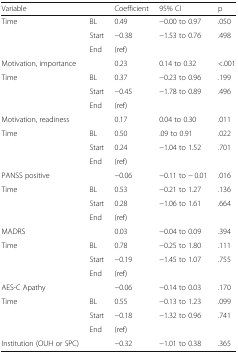
<table><thead><tr><td><b>Variable</b></td><td></td><td><b>Coefficient</b></td><td><b>95% CI</b></td><td><b>p</b></td></tr></thead><tbody><tr><td rowspan="3">Time</td><td>BL</td><td>0.49</td><td>−0.00 to 0.97</td><td>.050</td></tr><tr><td>Start</td><td>−0.38</td><td>−1.53 to 0.76</td><td>.498</td></tr><tr><td>End</td><td>(ref)</td><td></td><td></td></tr><tr><td>Motivation, importance</td><td></td><td>0.23</td><td>0.14 to 0.32</td><td>&lt;.001</td></tr><tr><td rowspan="3">Time</td><td>BL</td><td>0.37</td><td>−0.23 to 0.96</td><td>.199</td></tr><tr><td>Start</td><td>−0.45</td><td>−1.78 to 0.89</td><td>.496</td></tr><tr><td>End</td><td>(ref)</td><td></td><td></td></tr><tr><td>Motivation, readiness</td><td></td><td>0.17</td><td>0.04 to 0.30</td><td>.011</td></tr><tr><td rowspan="3">Time</td><td>BL</td><td>0.50</td><td>.09 to 0.91</td><td>.022</td></tr><tr><td>Start</td><td>0.24</td><td>−1.04 to 1.52</td><td>.701</td></tr><tr><td>End</td><td>(ref)</td><td></td><td></td></tr><tr><td colspan="2">PANSS positive</td><td>−0.06</td><td>−0.11 to − 0.01</td><td>.016</td></tr><tr><td rowspan="3">Time</td><td>BL</td><td>0.53</td><td>−0.21 to 1.27</td><td>.136</td></tr><tr><td>Start</td><td>0.28</td><td>−1.06 to 1.61</td><td>.664</td></tr><tr><td>End</td><td>(ref)</td><td></td><td></td></tr><tr><td>MADRS</td><td></td><td>0.03</td><td>−0.04 to 0.09</td><td>.394</td></tr><tr><td rowspan="3">Time</td><td>BL</td><td>0.78</td><td>−0.25 to 1.80</td><td>.111</td></tr><tr><td>Start</td><td>−0.19</td><td>−1.45 to 1.07</td><td>.755</td></tr><tr><td>End</td><td>(ref)</td><td></td><td></td></tr><tr><td>AES-C Apathy</td><td></td><td>−0.06</td><td>−0.14 to 0.03</td><td>.170</td></tr><tr><td rowspan="3">Time</td><td>BL</td><td>0.55</td><td>−0.13 to 1.23</td><td>.099</td></tr><tr><td>Start</td><td>−0.18</td><td>−1.32 to 0.96</td><td>.741</td></tr><tr><td>End</td><td>(ref)</td><td></td><td></td></tr><tr><td>Institution (OUH or SPC)</td><td></td><td>−0.32</td><td>−1.01 to 0.38</td><td>.365</td></tr></tbody></table>